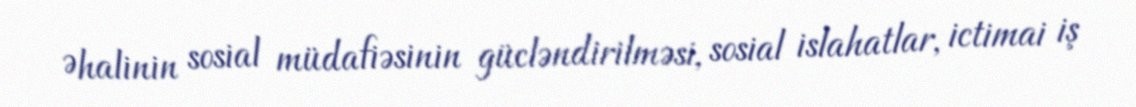
Əhalinin sosial müdafiəsinin gücləndirilməsi, sosial islahatlar, ictimai iş